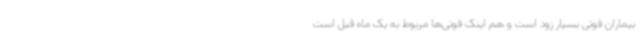
بیماران فوتی بسیار زود است و هم اینک فوتی‌ها مربوط به یک ماه قبل است